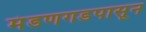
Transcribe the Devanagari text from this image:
मंडणगडपासून